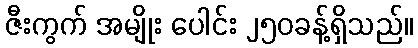
ဇီးကွက် အမျိုး ပေါင်း ၂၅၀ခန့်ရှိသည်။